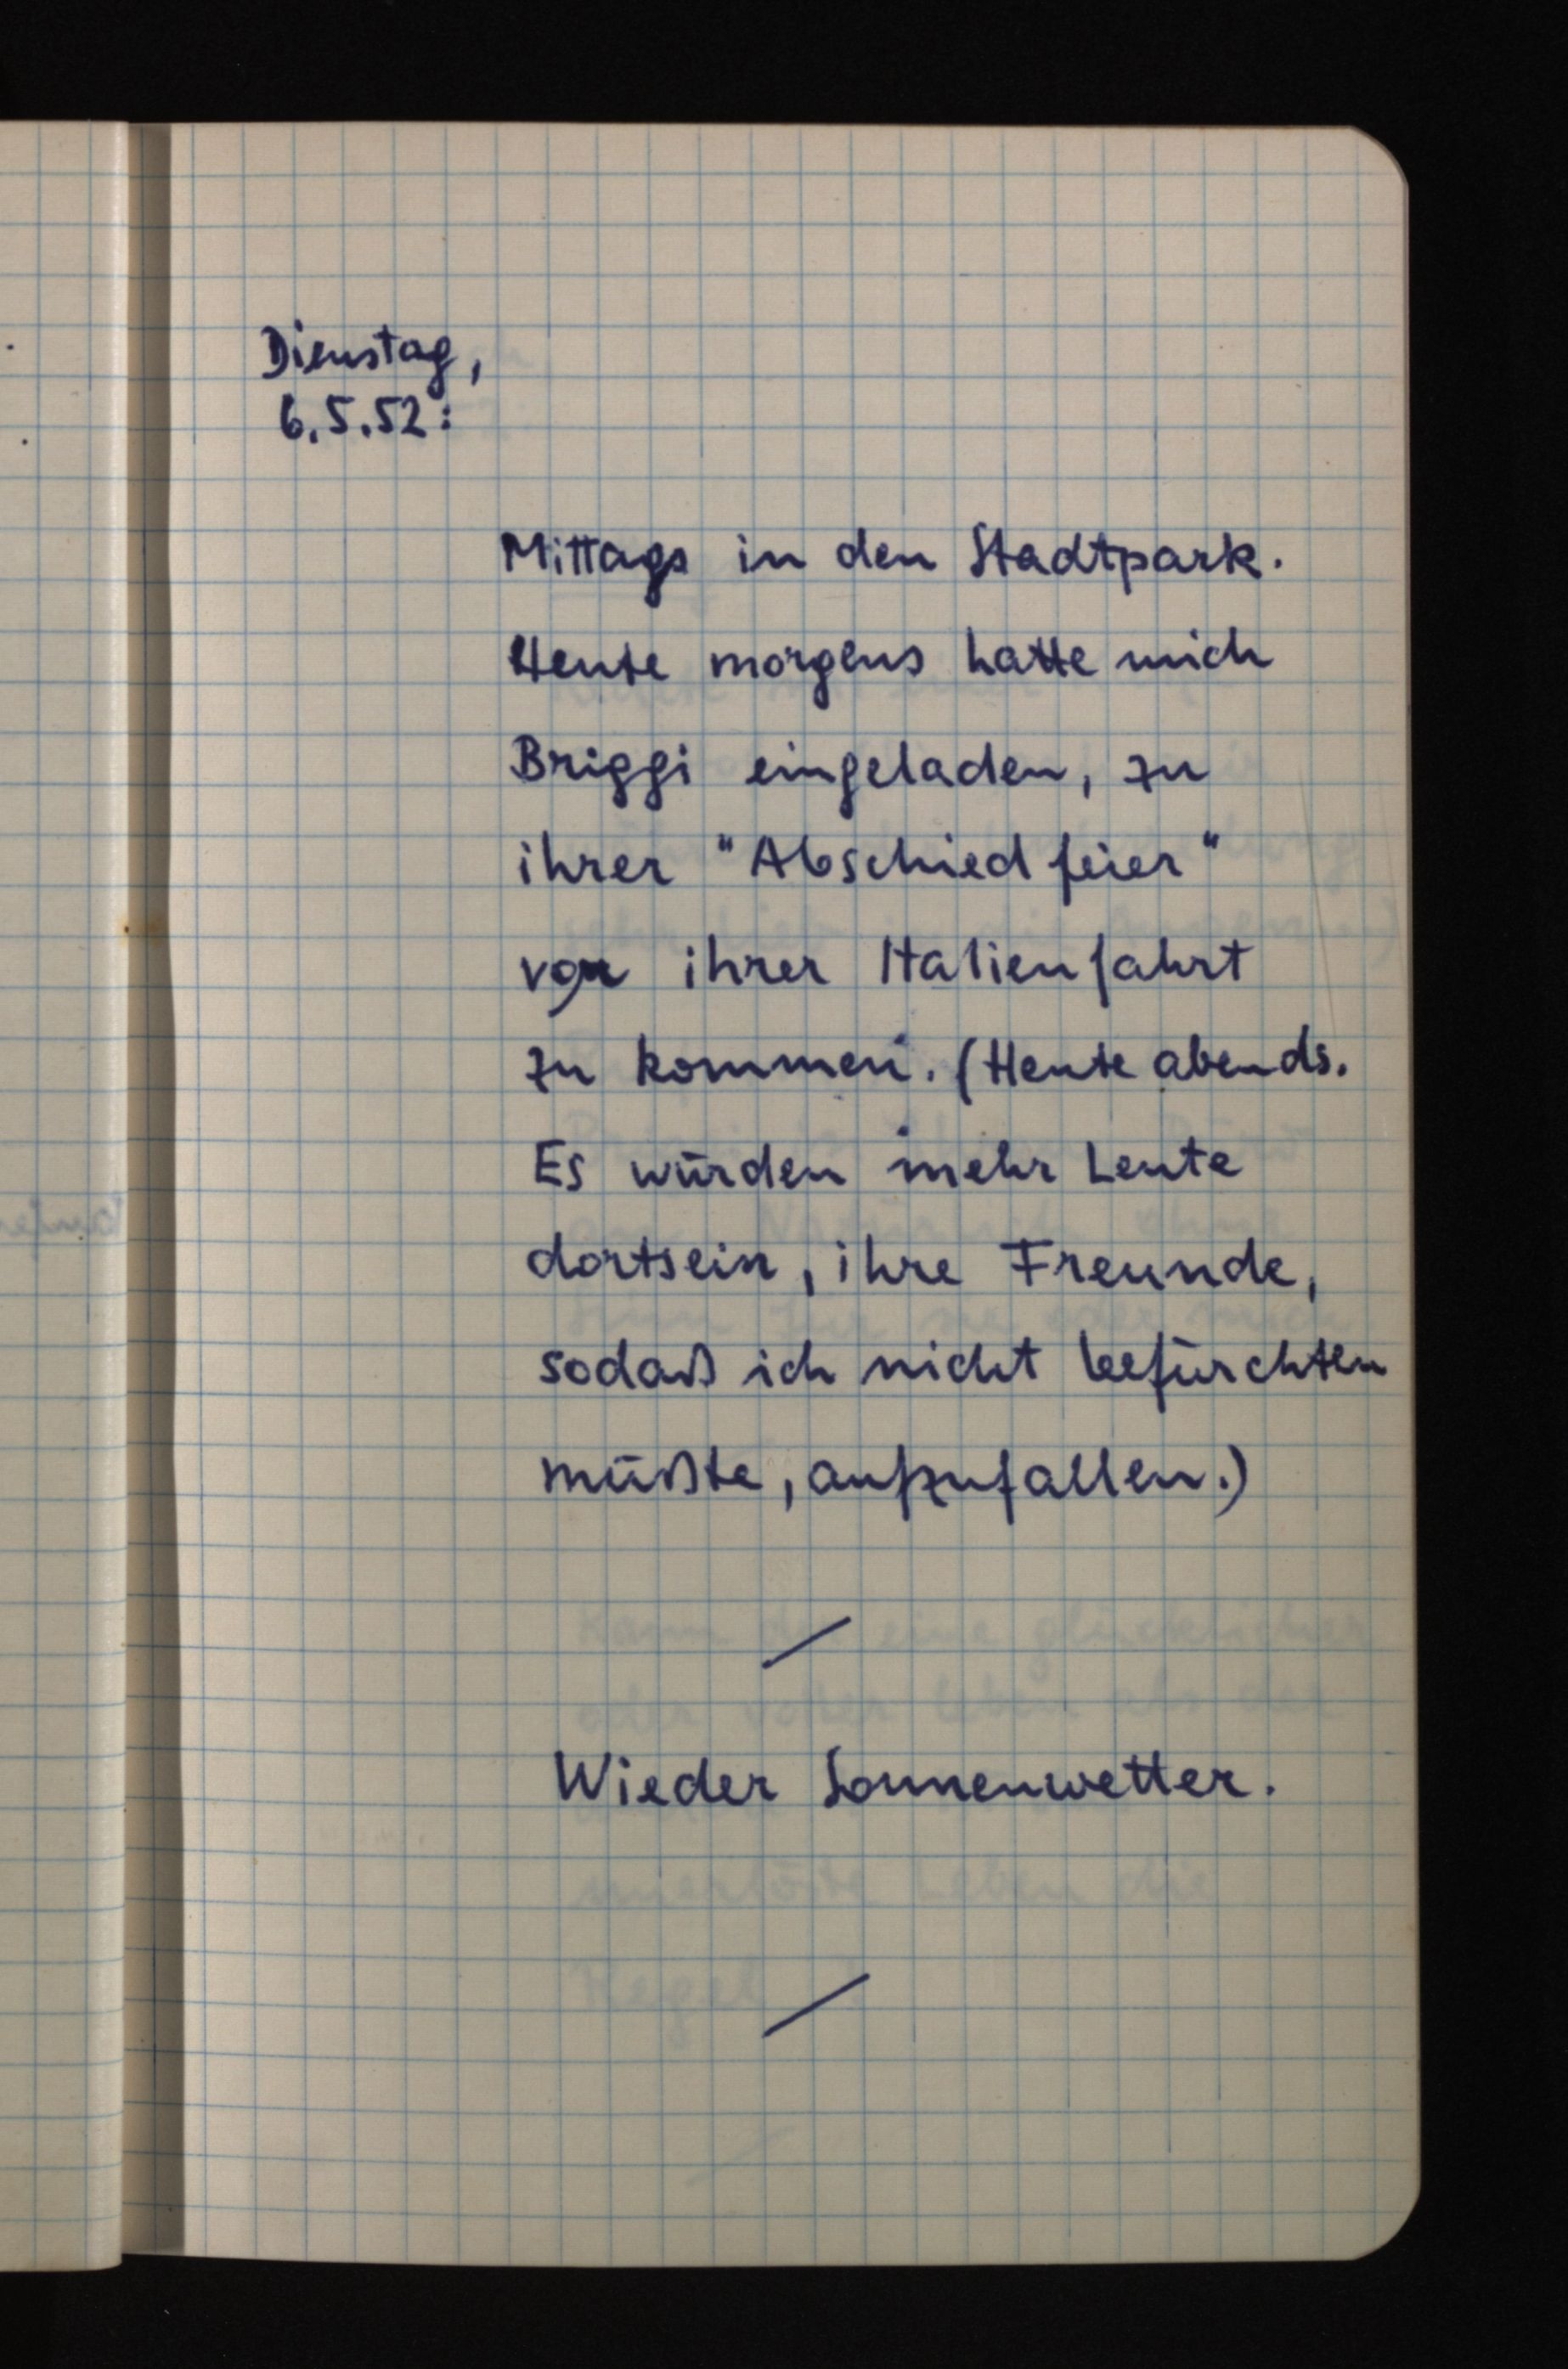
Dienstag,
6.5.52:
Mittags in den Stadtpark.
Heute morgens hatte mich
Briggi eingeladen, zu
ihrer "Abschiedfeier"
vor ihrer Italienfahrt
zu kommen. (Heute abends.
Es würden mehr Leute
dortsein, ihre Freunde,
sodaß ich nicht befürchten
müßte, aufzufallen.)
Wieder Sonnenwetter.